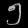
Digit: ၅